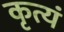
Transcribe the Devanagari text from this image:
कृत्यं